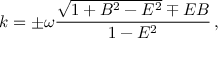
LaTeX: k = \pm \omega \frac { \sqrt { 1 + B ^ { 2 } - E ^ { 2 } } \mp E B } { 1 - E ^ { 2 } } \, ,